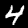
Label: 4